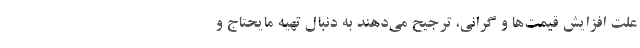
علت افزایش قیمت‌ها و گرانی، ترجیح می‌دهند به دنبال تهیه‌ مایحتاج و